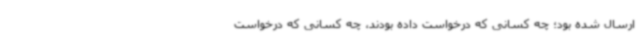
ارسال شده بود؛ چه کسانی که درخواست داده بودند، چه کسانی که درخواست